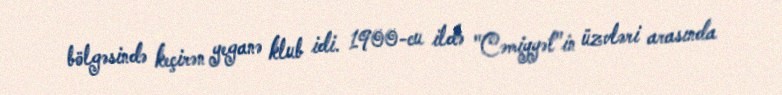
bölgəsində keçirən yeganə klub idi. 1900-cu ildə "Cəmiyyət"in üzvləri arasında